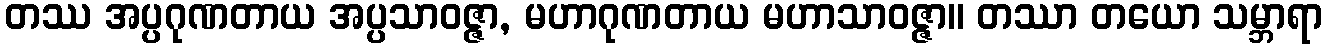
တဿ အပ္ပဂုဏတာယ အပ္ပသာဝဇ္ဇာ, မဟာဂုဏတာယ မဟာသာဝဇ္ဇာ။ တဿာ တယော သမ္ဘာရာ